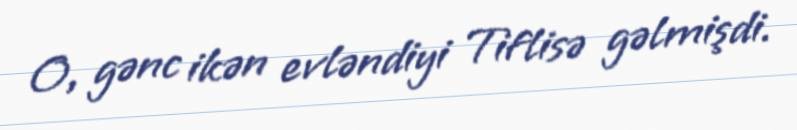
O, gənc ikən evləndiyi Tiflisə gəlmişdi.